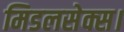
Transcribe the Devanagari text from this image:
मिडलसेक्स।